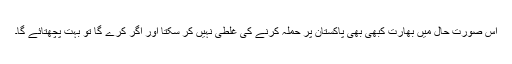
اس صورت حال میں بھارت کبھی بھی پاکستان پر حملہ کرنے کی غلطی نہیں کر سکتا اور اگر کرے گا تو بہت پچھتائے گا۔